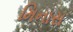
મિનાસ